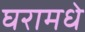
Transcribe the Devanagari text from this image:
घरामधे